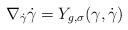
LaTeX: \begin{align*}\nabla_{\dot \gamma}\dot\gamma= Y_{g,\sigma}(\gamma,\dot\gamma)\end{align*}